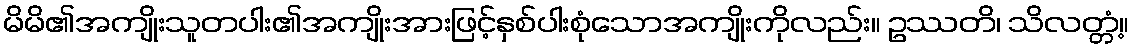
မိမိ၏အကျိုးသူတပါး၏အကျိုးအားဖြင့်နှစ်ပါးစုံသောအကျိုးကိုလည်း။ ဥဿတိ၊ သိလတ္တံ့။